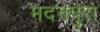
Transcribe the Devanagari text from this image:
मदनपुरा